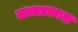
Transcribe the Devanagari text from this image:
लालप्रकाश